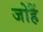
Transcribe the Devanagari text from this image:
जोहैं